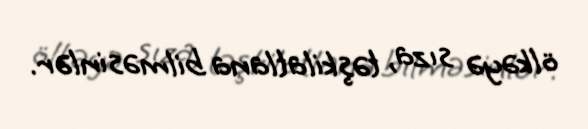
ölkəyə sıza, təşkilatlana bilməsinlər.